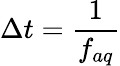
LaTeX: \Delta t=\frac{1}{f_{aq}}